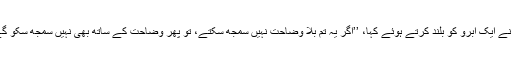
اس نے ایک ابرو کو بلند کرتے ہوئے کہا، ’’اگر یہ تم بلا وضاحت نہیں سمجھ سکتے، تو پھر وضاحت کے ساتھ بھی نہیں سمجھ سکو گے”۔